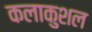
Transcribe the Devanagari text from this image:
कलाकुशल